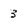
Character: 3